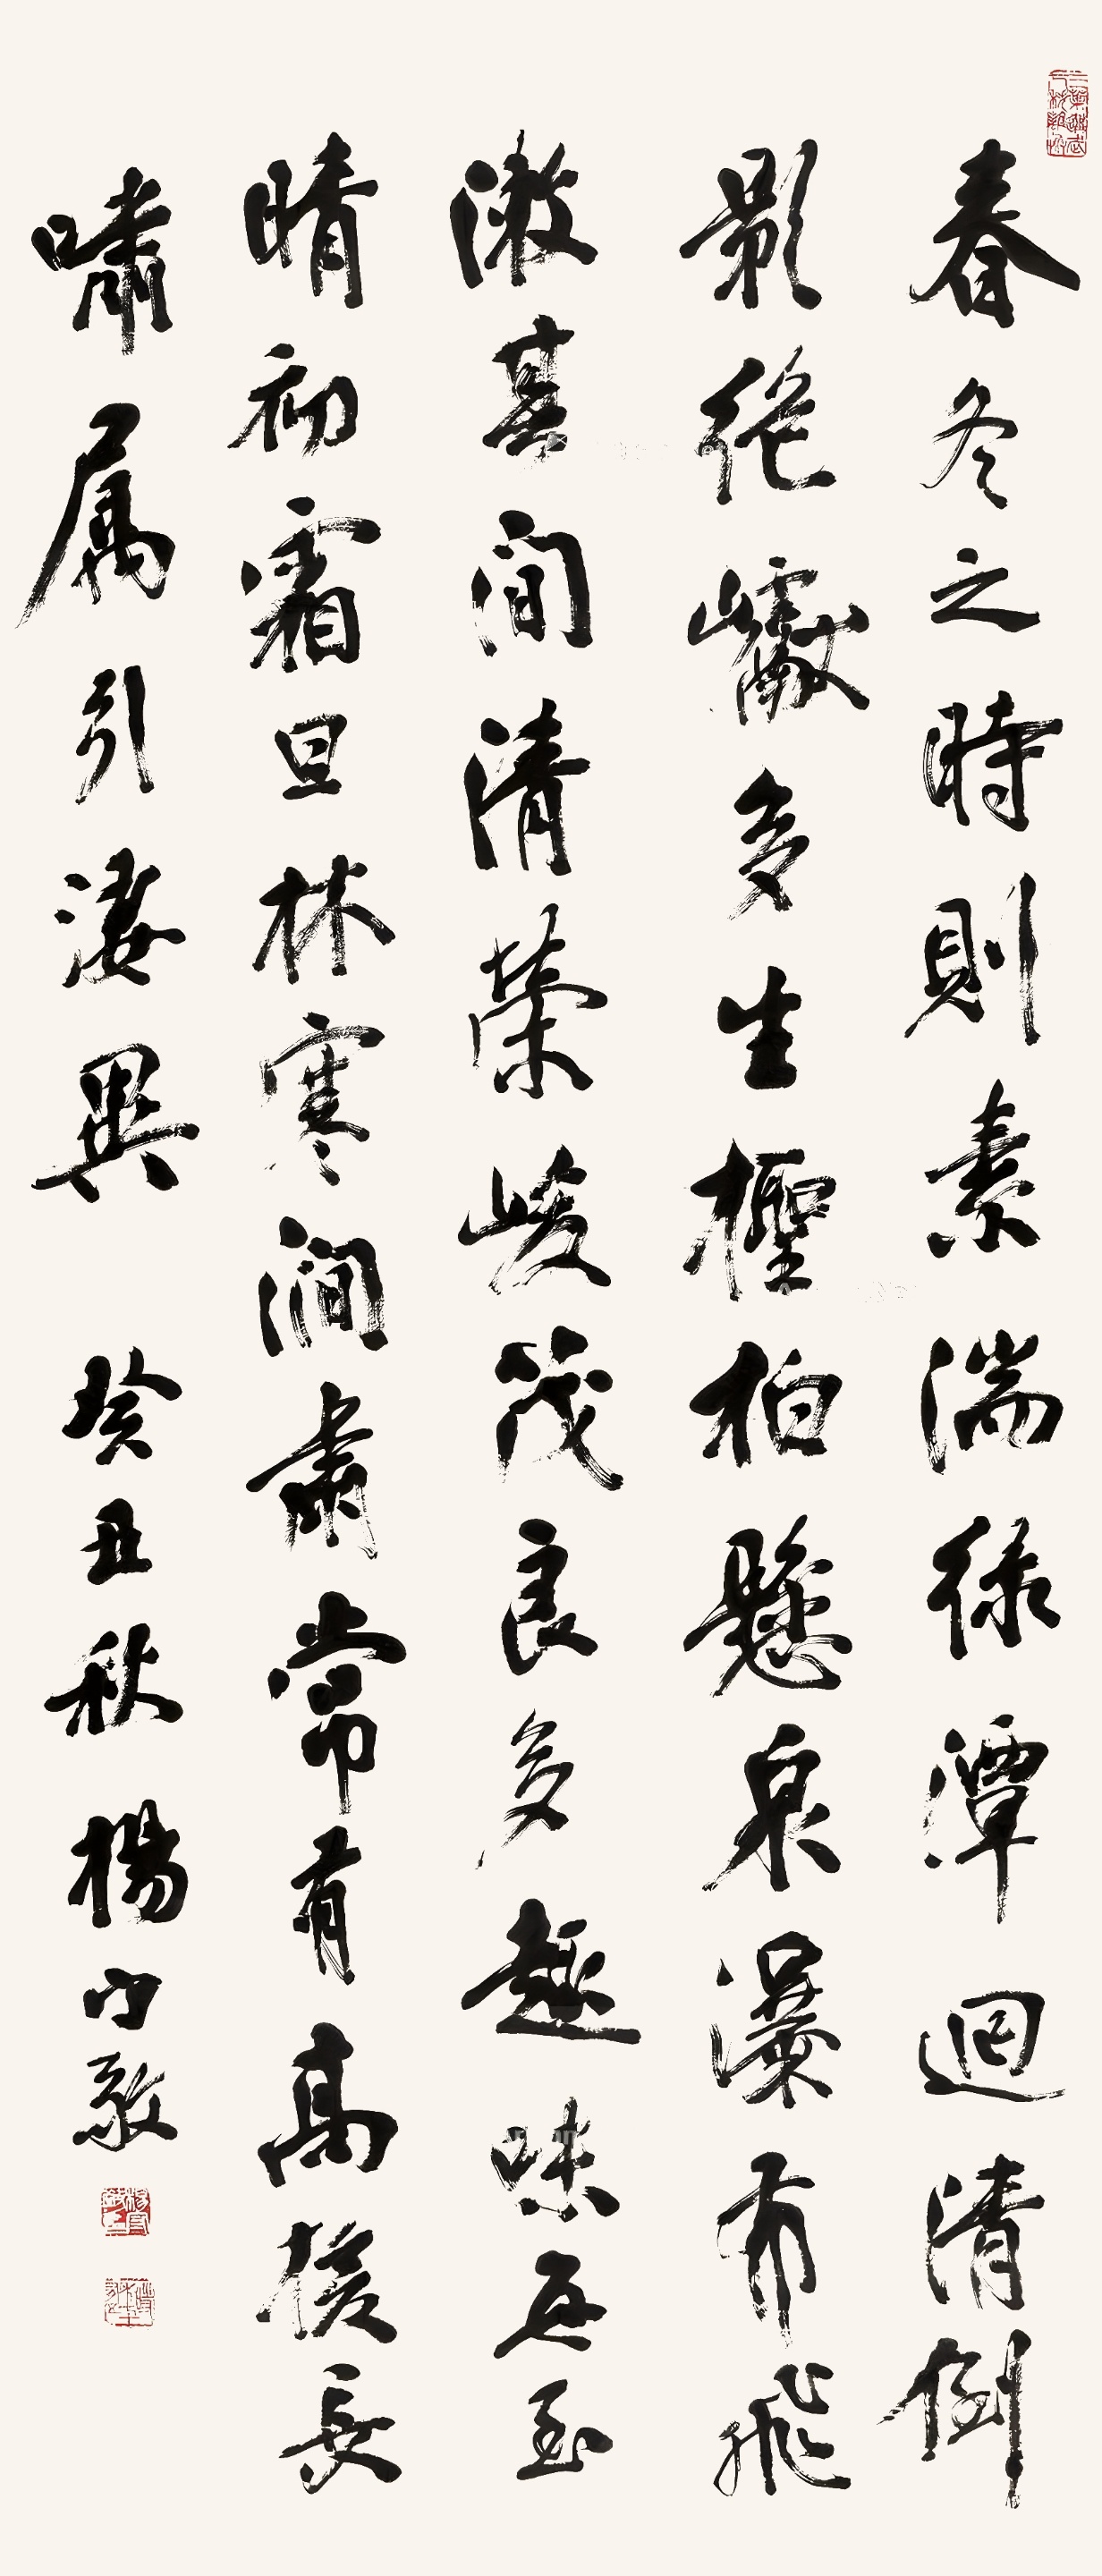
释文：春冬之时，则素湍绿潭，回清倒影。绝𪩘多生怪柏，悬泉瀑布，飞漱其间，清荣峻茂，良多趣味。每至晴初霜旦，林寒涧肃，常有高猿长啸，属引凄异。癸丑秋，杨守敬。